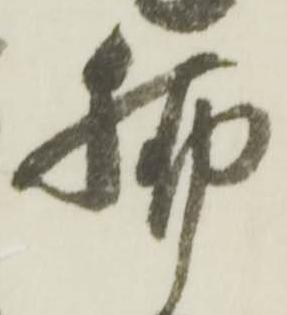
脚